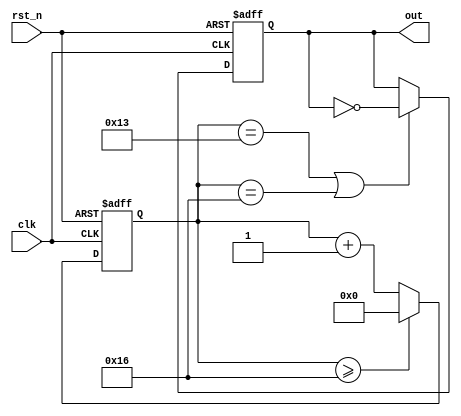
module shift (
	input clk,rst_n,
	output   out

);
 parameter T_0s5 = 28'd19; //200M 0.0005s

/***********set gate**********/// 
reg [27:0]  PreCnt;  initial PreCnt = 'b0;
always @ (posedge clk or negedge rst_n)  
    if(!rst_n)  
        PreCnt <= 'd0;  
    else if(PreCnt >= T_0s5 + 3'd3 )  
        PreCnt <= 'd0;  
    else  
        PreCnt <= PreCnt + 1'b1;  
  
reg PreGate;  initial PreGate = 'b1;
always @ (posedge clk or negedge rst_n)  
    if(!rst_n)  
        PreGate <= 1'b0;  
    else if((PreCnt == T_0s5) || (PreCnt == 28'd22)) 
        PreGate <= ~PreGate;  
 
assign out = PreGate;         

endmodule